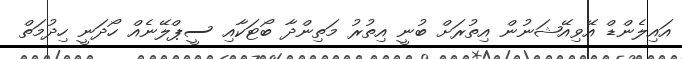
އައިލެންޑް އޭވިއޭޝަނުން އިތުރަށް ބުނީ އިތުރު މަތިންދާ ބޯޓަކާއި ސީޕްލޭނެއް ހޯދަނީ ހިދުމަތް